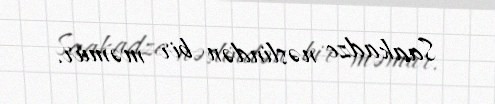
Saakadze nəslindən bir məmur.